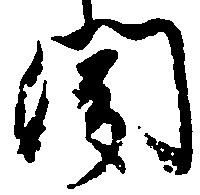
聞